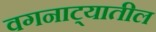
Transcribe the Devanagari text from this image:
वगनाट्यातील